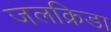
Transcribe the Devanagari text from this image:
जलक्रिडा